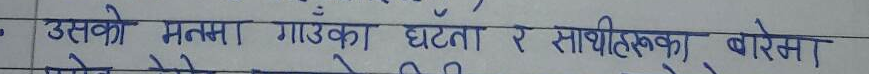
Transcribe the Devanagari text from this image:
उसको मनमा गाउँका घटना र साथीहरुका बारेमा